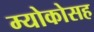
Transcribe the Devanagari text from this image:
म्योकोसह